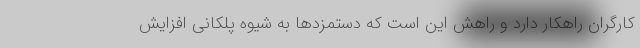
کارگران راهکار دارد و راهش این است که دستمزدها به شیوه پلکانی افزایش